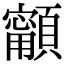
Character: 𩕋